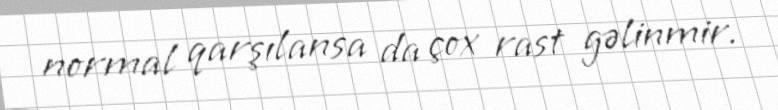
normal qarşılansa da çox rast gəlinmir.